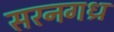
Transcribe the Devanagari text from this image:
सरनगध्र